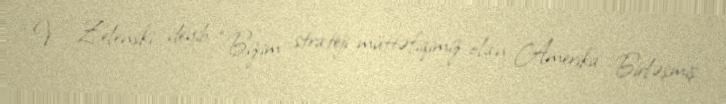
V. Zelenski deyib: “Bizim strateji müttəfiqimiz olan Amerika Birləşmiş